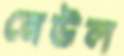
নেউল